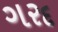
ગરદ